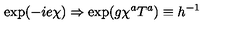
\exp ( - i e \chi ) \Rightarrow \exp ( g \chi ^ { a } T ^ { a } ) \equiv h ^ { - 1 }